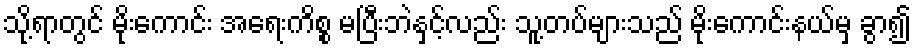
သို့ရာတွင် မိုးကောင်း အရေးကိစ္စ မပြီးဘဲနှင့်လည်း သူ့တပ်များသည် မိုးကောင်းနယ်မှ ခွာ၍